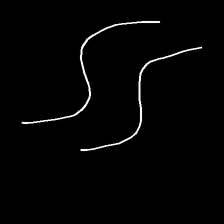
Glyph: float